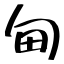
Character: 甸